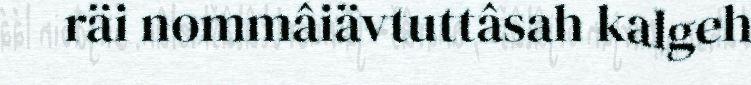
räi nommâiävtuttâsah kalgeh